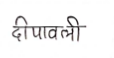
मजकूर: दीपावली